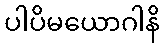
ပါပိမယောဂါနိ